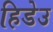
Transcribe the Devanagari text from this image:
हिडेउ